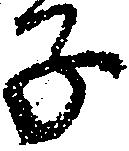
子